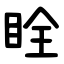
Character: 䀬